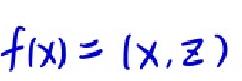
\[f(x)=(x,z)\]